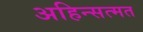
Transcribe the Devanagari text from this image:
अहिन्सत्मत